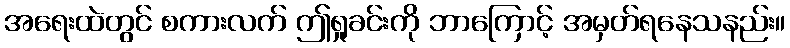
အရေးထဲတွင် စကားလက် ဤရှုခင်းကို ဘာကြောင့် အမှတ်ရနေသနည်း။